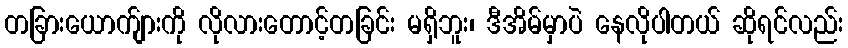
တခြားယောက်ျားကို လိုလားတောင့်တခြင်း မရှိဘူး၊ ဒီအိမ်မှာပဲ နေလိုပါတယ် ဆိုရင်လည်း